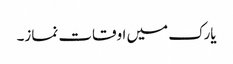
یارک میں اوقات نماز۔